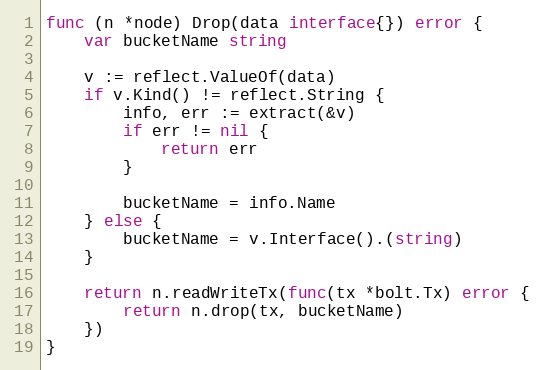
Language: Go
func (n *node) Drop(data interface{}) error {
	var bucketName string

	v := reflect.ValueOf(data)
	if v.Kind() != reflect.String {
		info, err := extract(&v)
		if err != nil {
			return err
		}

		bucketName = info.Name
	} else {
		bucketName = v.Interface().(string)
	}

	return n.readWriteTx(func(tx *bolt.Tx) error {
		return n.drop(tx, bucketName)
	})
}